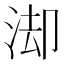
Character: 𭰚